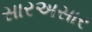
સારઅસાર